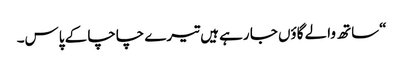
“ساتھ والے گاؤں جا رہے ہیں تیرے چاچا کے پاس۔